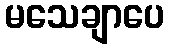
မသေချာပေ